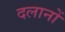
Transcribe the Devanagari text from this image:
दलानों